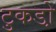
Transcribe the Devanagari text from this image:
टुकडो़